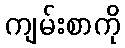
ကျမ်းစာကို